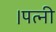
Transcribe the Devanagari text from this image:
।पत्नी